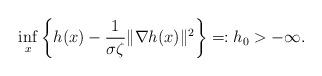
LaTeX: \begin{align*} \inf_{x} \left\{h(x) - \frac{1}{\sigma\zeta}\|\nabla h(x)\|^2\right\} =:h_0 > -\infty. \end{align*}